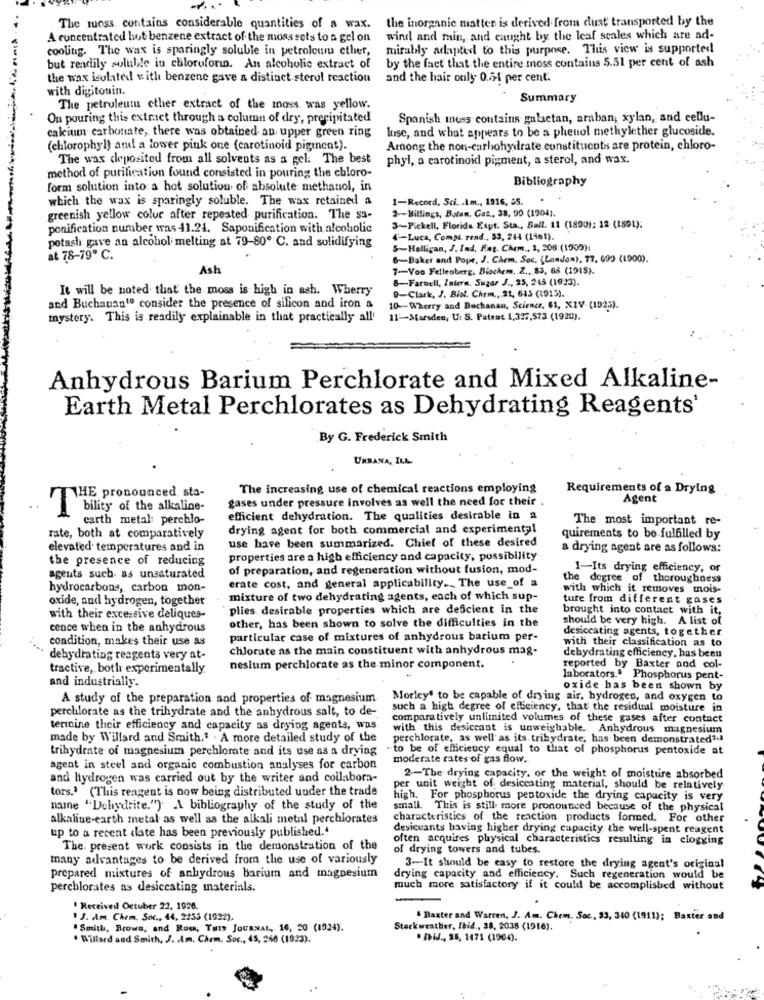
the inorganic matter is derived from dust' transported by the
The sunss. contains considerable quantities of a wax.
A concentrated hot benzene extract of the moss sots to a gel on
wind and main, and caught by the leaf scales which are ad-
cooling. The wax is sparingly soluble in petroleum ether,
mirably adapted to this purpose. This view is supported
by the fact that the entire moss contains 5.51 per cent of ash
but readily soluble iu chloroforin. An alcoholic extract of
the wax isolated with benzene gave a distinct sterol reaction
and the hair only 0.51 per cent.
with digitonin.
Summary
The petroleumu cther extract of the moss was yellow.
Ou pouring this extract through a column of dry, precipitated
Spanish moss contains galactan, araban, xylan, and cellu-
luse, and what appears to be a phenol methylether glucoside.
calcium carbonate, there was obtained an upper green ring
(chlorophyl) am! a lower pink one (carotinoid piginent).
Among the non-carbohydrate constitucots are protein, chloro-
The was deposited from all solvents as a gel: The best
phyl, a carotinoid pigment, a sterol, and wax.
method of purification found consisted in pouring the chloro-
Bibliography
form solution into a hot solution of absolute methanol, in
which the wax is sparingly soluble. The wax retained a
1-Record, Sci ... \m ., 1916, SS.
2-Billings, Butan, Gas ., 38, 90 (1204).
greenish yellow colur after repeated purification. The sa-
ponification number was 41.24. Saponification with alcoholic
3-Pickell, Florida Espt. Sta ., Ball. 11 (1800); 12- (18DL);
potash gave an alcohol melting at 79-80º C. and solidifying
4-Luca, Comprend ., 53, 244 (1981).
5-Halligan, J. Ind. Ang. Chem ., 1, 206:(1909).
at 78-79º C.
6-Baker and Pope, J. CArm. Soc. (London), 77. 699 (1900).
Ash
7-Voo Fellenberg, Biochem, Z ., 85, 66 (1918).
8-Farnell, Intern. Sugar J ., 25, 248 (1923).
It will be noted that the moss is high in ash. Wherry
9-Clark, J. Bist. Chem ., 21, 643 (1913).
and Buchananto consider the presence of silicon and iron a
10-Wherry and Buchanan, Science. 61, XIV (1925).
mystery. This is readily explainable in that practically all'
11-Starsdeo, U. S. Pateat 1,337,573 (1920).
Anhydrous Barium Perchlorate and Mixed Alkaline-
Earth Metal Perchlorates as Dehydrating Reagents'
By G. Frederick Smith
URBANA, ILL-
The increasing use of chemical reactions employing
Requirements of a Drying
THE pronounced, sta-
gases under pressure involves as well the need for their .
Agent
I bility of the alkaline-
carth metal: perchlo-
efficient dehydration. The qualities desirable in a
The most important re-
drying agent for both commercial and experimental
rate, both at comparatively
quirements to be fulfilled by
elevated temperatures and in
use have been summarized. Chief of these desired
a drying agent are as follows:
the presence of reducing
properties are a high efficiency and capacity, possibility
of preparation, and regeneration without fusion, mod-
1-Its drying efficiency, of
agents such as unsaturated
erate cost, and general applicability ... The use_of a
the degree of thoroughness
hydrocarbons, carbon mon-
with which it removes mois-
oxide, and hydrogen, together
mixture of two dehydrating agents, each of which sup-
ture from different gases
plies desirable properties which are deficient in the
brought into contact with it,
with their excessive deliques-
other, has been shown to solve the difficulties in the
should be very high. A list of
cence when in the anhydrous
desiccating agents, together
condition, makes their use as
particular case of mixtures of anhydrous barium per-
with their classification as to
chlorate as the main constituent with anhydrous mag-
dehydrating efficiency, has been
dehydrating reagents very at-
tractive, both experimentally.
nesium perchlorate as the minor component.
reported by Baxter nod col-
and industrially.
laborators.ª Phosphorus pent-
oxide has been shown by
A study of the preparation sad properties of magnesium
Morley# to be capable of drying air, hydrogen, and oxygen to
perchlorate as the trihydrate and the anhydrous salt, to de-
such a high degree of efficiency, that the residual moisture in
comparatively unlimited volumes of these gases after contact
terioine their efficiency and capacity as drying agents, was
with this desiccant is unweighable. Anhydrous magnesium
made by Willard and Smith.1 . A more detailed study of the
perchlorate, as well as its trihydrate, has been demonstrated?a
trihydrate of magnesium perchlorate and its use as a drying
"to be of efficiency equal to that of phosphorus pentoxide at
moderate rates of gas flow.
agent in steel and organic combustion analyses for carbon
and hydrogen was carried out by the writer and collabora-
2-The drying capacity, or the weight of moisture absorbed
tors. (This reagent is now being distributed under the trade
per unit weight of desiceating material, should be relatively
high.
For phosphorus pentoxide the drying capacity is very
name "Dehydrite.") A bibliography of the study of the
small. This is still more pronounced because of the physical
alkaline-earth metal as well as the alkali metal perchlorates
characteristics of the reaction products formed. For other
up to a recent date has been previously published.4
desiceants having higher drying capacity the well-spent reagent
often acquires physical characteristics resulting in clogging
The. present work consists in the demonstration of the
of drying towers and tubes.
many advantages to be derived from the use of variously
3-It should be easy to restore the drying agent's original
prepared mixtures of anhydrous barium and magnesium
drying capacity and efficiency. Such regeneration would be
perchlorates as desiccating materials.
much more satisfactory if it could be accomplished without
' Received Octuber 22, 1926.
. J. Am. Chem. Soc ., 44, 2253 (1922).
Baxter and Warren, J. Am. Ckem. Soc ., 33, 340 (1911); Baxter and
"Smith, Brows, and Rosa, Turs JOURNAL, 16, 50 (1924).
Stark weather, fbid ., 38, 2038 (1916).
. Willard and Smith, J. Am, Chem. Soc ., 45, 266 (1023).
. IiJ ., 25, 1471 (1904).